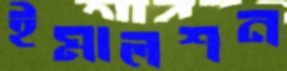
ইমালশন